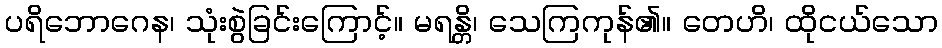
ပရိဘောဂေန၊ သုံးစွဲခြင်းကြောင့်။ မရန္တိ၊ သေကြကုန်၏။ တေဟိ၊ ထိုငယ်သော